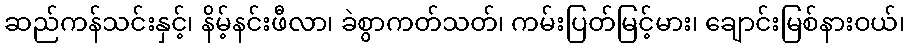
ဆည်ကန်သင်းနှင့်၊ နိမ့်နင်းဖီလာ၊ ခဲစွာကတ်သတ်၊ ကမ်းပြတ်မြင့်မား၊ ချောင်းမြစ်နားဝယ်၊